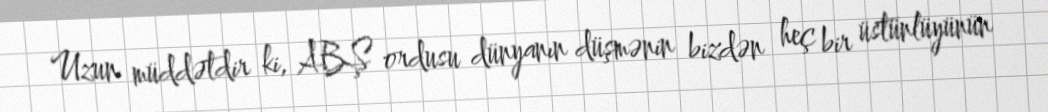
Uzun müddətdir ki, ABŞ ordusu dünyanın düşmənin bizdən heç bir üstünlüyünün